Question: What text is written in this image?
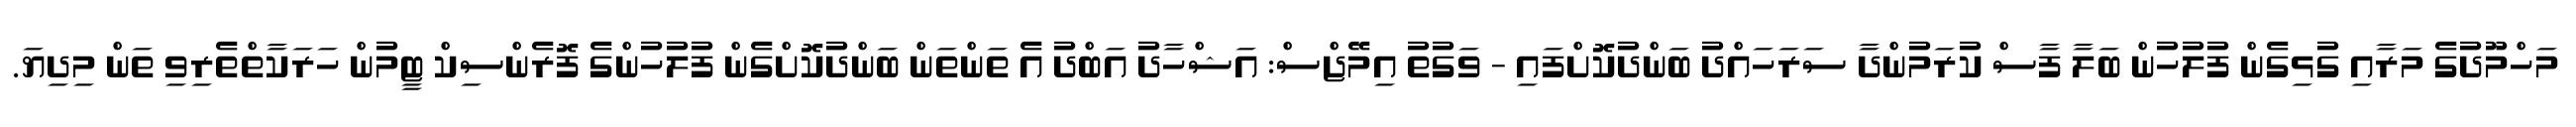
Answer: މަހްމޫދުގެ މަރާއި ގުޅިގެން ފުލުހުން ބަލާ ފާސް ކުރަމުންދާ ސަރަހައްދު ބަންދުކޮށްފައި - ވަގުތު އިމޭޖްސް: އަޝްހާދު އަބްދު އެ ތަންތަން ބަންދުކޮށްގެން ފުލުހުންގެ ފޮރެންސިކް ޓީމުން ހަރަކާތްތެރިވި ތަން މިދިޔަ.